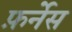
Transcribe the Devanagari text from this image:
फ़र्नेस